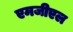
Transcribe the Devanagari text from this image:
एमजीएल